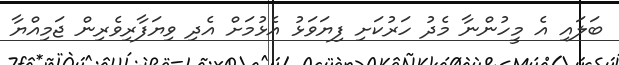
ބަލައި އެ މީހުންނާ މެދު ހަރުކަށި ފިޔަަވަޅު އެޅުމަށް އެދި ވިޔަފާރިވެރިން ޖަމިއްޔާ